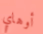
أوهاي